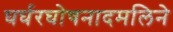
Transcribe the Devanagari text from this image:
घर्घरघोषनादमलिने